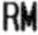
RM